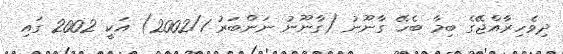
ދިވެހިރާއްޖޭގެ ބިމާ ބެހޭ ގާނޫނު (ގާނޫނު ނަންބަރު 2002/1) އަކީ 2002 ގައި